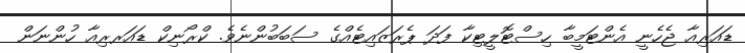
ޑައަރިއާ ޖެހެނީ އެންޓަމީބާ ހިސްޓޮލީޓިކާ ފަދަ ޕެރަޒައިޓެއްގެ ސަބަބުންނެވެ. ކްރޯނިކް ޑައަރރިއާ ހުންނަން